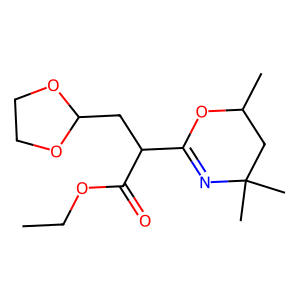
SMILES: CCOC(=O)C(CC1OCCO1)C1=NC(C)(C)CC(C)O1
Inhibits HIV replication: No